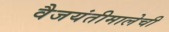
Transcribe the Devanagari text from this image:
वैजयंतीमालेची